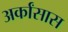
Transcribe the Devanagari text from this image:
अर्कांसास